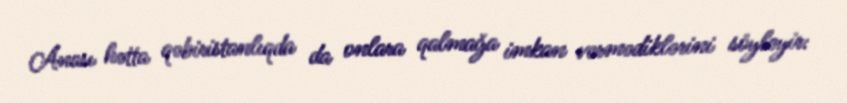
Anası hətta qəbiristanlıqda da onlara qalmağa imkan vermədiklərini söyləyir: